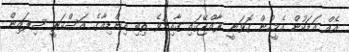
އެއް އަޑަކުން އެމީހުން ގޮވަނީ ރާއްޖޭގައި ޤާއިމުވެ ތިބި އިންޑިއާގެ އަސްކަރީ ސިފައިން